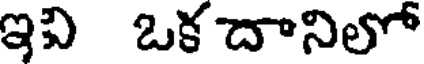
ఇవి ఒక దానిలో